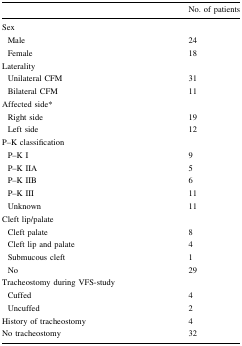
|  | No. of patients |
 | --- | --- |
 | <COLSPAN=2> Sex |
 | Male | 24 |
 | Female | 18 |
 | <COLSPAN=2> Laterality |
 | Unilateral CFM | 31 |
 | Bilateral CFM | 11 |
 | Affected side* |  |
 | Right side | 19 |
 | Left side | 12 |
 | <COLSPAN=2> P–K classification |
 | P–K I | 9 |
 | P–K IIA | 5 |
 | P–K IIB | 6 |
 | P–K III | 11 |
 | Unknown | 11 |
 | <COLSPAN=2> Cleft lip/palate |
 | Cleft palate | 8 |
 | Cleft lip and palate | 4 |
 | Submucous cleft | 1 |
 | No | 29 |
 | <COLSPAN=2> Tracheostomy during VFS-study |
 | Cuffed | 4 |
 | Uncuffed | 2 |
 | History of tracheostomy | 4 |
 | No tracheostomy | 32 |